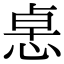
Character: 𢛂